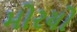
મોરયો